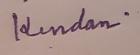
Signature authenticity: genuine